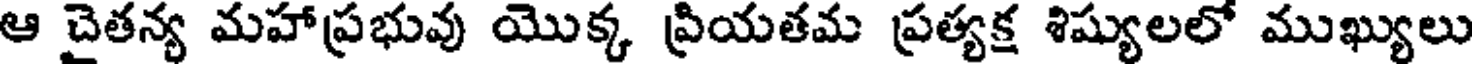
ఆ చైతన్య మహాప్రభువు యొక్క ప్రియతమ ప్రత్యక్ష శిష్యులలో ముఖ్యులు